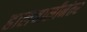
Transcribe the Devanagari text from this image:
हालचालीनंतर